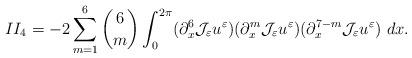
LaTeX: \begin{align*}II_{4}=-2\sum_{m=1}^{6}{6\choose m}\int_{0}^{2\pi}(\partial_{x}^{6}\mathcal{J}_{\varepsilon}u^{\varepsilon})(\partial_{x}^{m}\mathcal{J}_{\varepsilon}u^{\varepsilon})(\partial_{x}^{7-m}\mathcal{J}_{\varepsilon}u^{\varepsilon})\ dx.\end{align*}